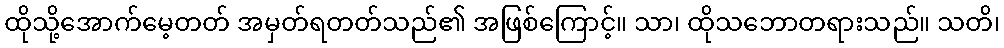
ထိုသို့အောက်မေ့တတ် အမှတ်ရတတ်သည်၏ အဖြစ်ကြောင့်။ သာ၊ ထိုသဘောတရားသည်။ သတိ၊